Leaving Certificate Examination (including Day School Certificate (Higher) General paper), 1932
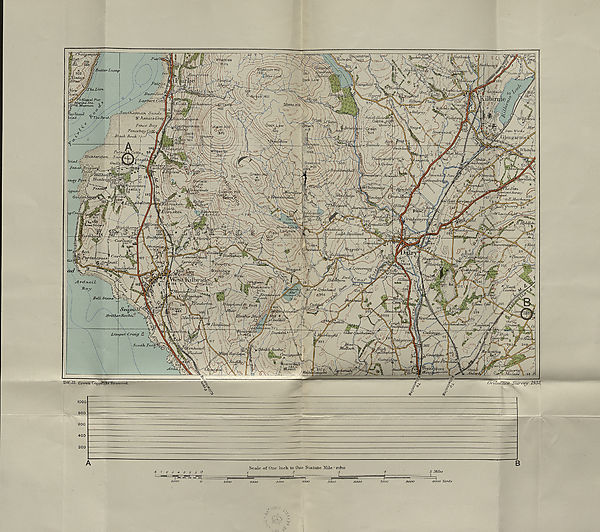
HIGHER GEOG.
(MAP.)
LEAVING CERTIFICATE EXAMINATION, 1932.
SOIBNOJB
IZIO LL EiR O I^^VD K— (Q K O (i
I’ H Y )
MAP
IPIXjXj this in first
Name of School
Name of Pupil
TO BE PiNNED INSIDE THE CANDIDATE'S BOOK OF ANSWERS
AND THUS SENT TO THE DEPARTMENT,
[OVER